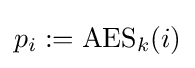
p_{i}:=\operatorname {AES} _{k}(i)